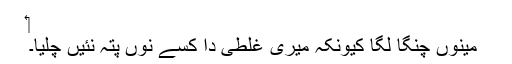
‏
مینوں چنگا لگا کیونکہ میری غلطی دا کسے نُوں پتہ نئیں چلیا۔